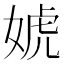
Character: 婋